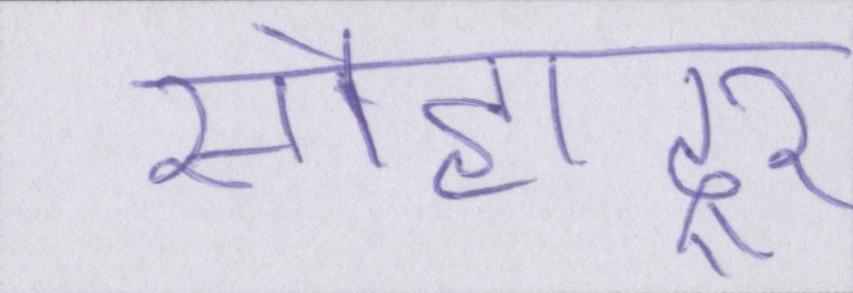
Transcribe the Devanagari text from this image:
सौहाद्र्र